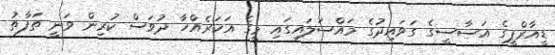
ޑީއާރްޕީގެ އަސާސީގެ ގަވައިދުގެ މައްސަލައިގައި މީގެ އަހަރެއްހާ ދުވަސް ކުރިން ވަނީ ތަފާތު